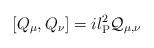
LaTeX: \begin{align*}[Q_\mu,Q_\nu]=il_{\rm P}^2{\cal Q}_{\mu,\nu}\end{align*}